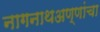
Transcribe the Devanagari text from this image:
नागनाथअण्णांचा